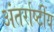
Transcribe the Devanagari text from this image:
अंतर्राष्टींय